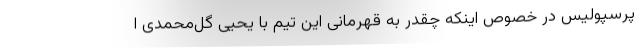
پرسپولیس در خصوص اینکه چقدر به قهرمانی این تیم با یحیی گل‌محمدی ا